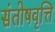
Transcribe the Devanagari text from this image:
संतोषवृत्ति